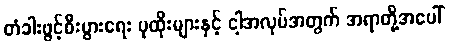
တံခါးဖွင့်စီးပွားရေး ပုထိုးများနှင့် ငါ့အလုပ်အတွက် အရာတို့အပေါ်